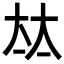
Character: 𡘋